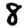
Digit: 8